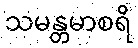
သမန္တမာစရိ